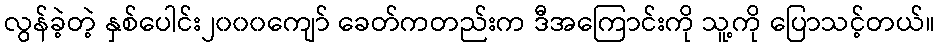
လွန်ခဲ့တဲ့ နှစ်ပေါင်း၂၀၀၀ကျော် ခေတ်ကတည်းက ဒီအကြောင်းကို သူ့ကို ပြောသင့်တယ်။